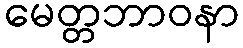
မေတ္တဘာဝနာ